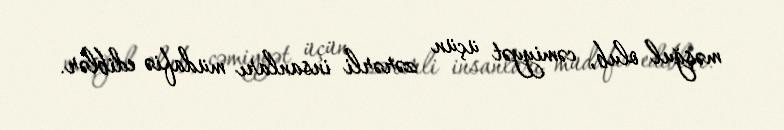
məşğul olub, cəmiyyət üçün zərərli insanları müdafiə ediblər.